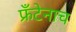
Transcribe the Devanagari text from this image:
फ्रँटेनाच